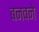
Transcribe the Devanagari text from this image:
बनवने